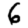
Digit: 6